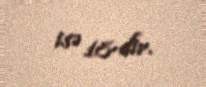
isə 18-dir.